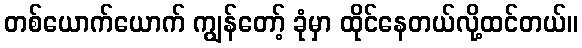
တစ်ယောက်ယောက် ကျွန်တော့် ခုံမှာ ထိုင်နေတယ်လို့ထင်တယ်။